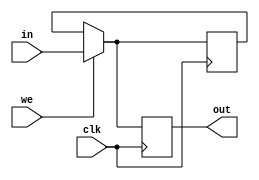
`timescale 1ns/1ns
module register(input [31:0] in ,input clk ,we, output reg [31:0] out);

    reg [31:0] value;
    always @(posedge clk) begin
        if(we)
        begin
           value=in;
        end
        out=value;
    end

endmodule